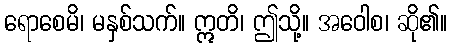
ရောစေမိ၊ မနှစ်သက်။ ဣတိ၊ ဤသို့။ အဝေါစ၊ ဆို၏။